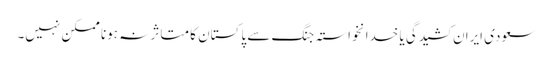
سعودی ایران کشیدگی یا خدانخواستہ جنگ سے پاکستان کا متاثر نہ ہونا ممکن نہیں۔